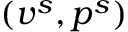
( v ^ { s } , p ^ { s } )